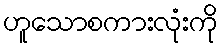
ဟူသောစကားလုံးကို